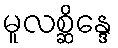
မူလစ္ဆိန္ဒေ